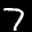
Label: 7